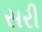
સરી